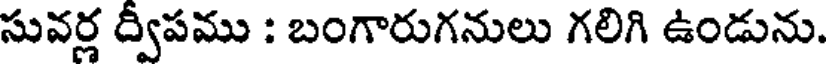
సువర్ల ద్వీపము : బంగారుగనులు గలిగి ఉండును.